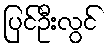
ပြင်ဦးလွင်